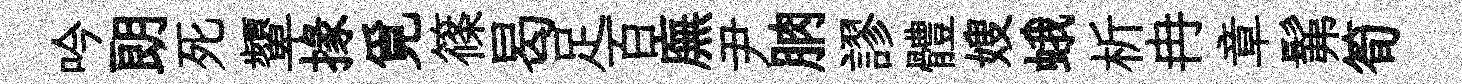
吟朗死顰掾覓篠曷足百廡尹朒謬體嫂蛾析冉章髴筍